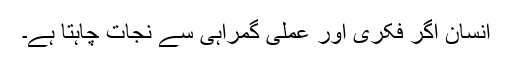
انسان اگر فکری اور عملی گمراہی سے نجات چاہتا ہے۔